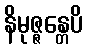
နိမုဇ္ဇန္တေပိ